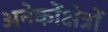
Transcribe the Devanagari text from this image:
अनेकोंक्षेत्रों